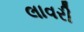
લાવરી